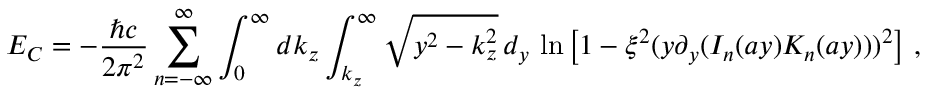
E _ { C } = - \frac { \hbar c } { 2 \pi ^ { 2 } } \sum _ { n = - \infty } ^ { \infty } \int _ { 0 } ^ { \infty } d k _ { z } \int _ { k _ { z } } ^ { \infty } \sqrt { y ^ { 2 } - k _ { z } ^ { 2 } } \, d _ { y } \, \ln \left[ 1 - { { \xi } ^ { 2 } } { { ( y { { \partial } _ { y } } ( { I _ { n } } ( a y ) { { { K } } _ { n } } ( a y ) ) ) } ^ { 2 } } \right] \, ,